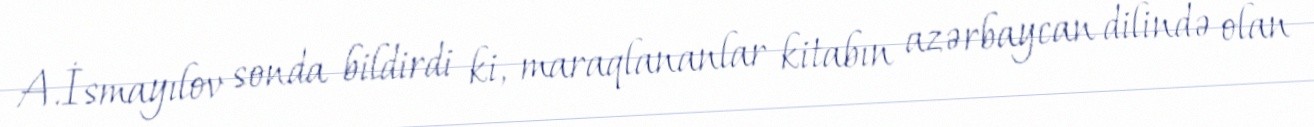
A.İsmayılov sonda bildirdi ki, maraqlananlar kitabın azərbaycan dilində olan